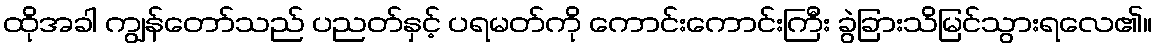
ထိုအခါ ကျွန်တော်သည် ပညတ်နှင့် ပရမတ်ကို ကောင်းကောင်းကြီး ခွဲခြားသိမြင်သွားရလေ၏။